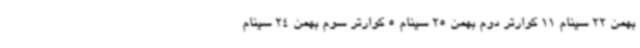
بهمن 22 سینام 11 کوارتر دوم بهمن 25 سینام 5 کوارتر سوم بهمن 24 سینام